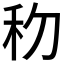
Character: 𥝢